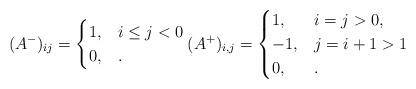
LaTeX: \begin{align*}(A^-)_{ij}=\begin{cases}1, & i\le j<0\\0, &.\end{cases}(A^+)_{i,j}=\begin{cases}1, &i=j>0,\\-1,&j=i+1>1\\0, &.\end{cases}\end{align*}